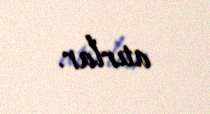
atırlar.